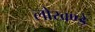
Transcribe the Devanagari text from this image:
लोखण्डे